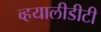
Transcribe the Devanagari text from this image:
व्हयालीडीटी